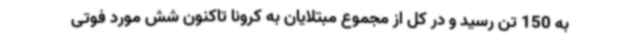
به 150 تن رسید و در کل از مجموع مبتلایان به کرونا تاکنون شش مورد فوتی